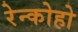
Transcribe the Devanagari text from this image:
रेन्कोहो